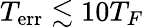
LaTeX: T_{\mathrm{err}}\lesssim 10T_{F}